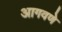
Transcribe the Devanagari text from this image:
आगवणे